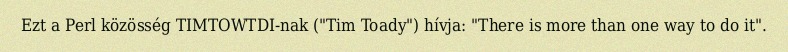
Ezt a Perl közösség TIMTOWTDI-nak ("Tim Toady") hívja: "There is more than one way to do it".